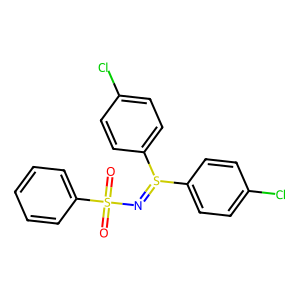
SMILES: O=S(=O)(N=S(c1ccc(Cl)cc1)c1ccc(Cl)cc1)c1ccccc1
Inhibits HIV replication: No